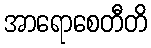
အာရောစေတီတိ